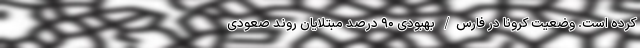
کرده است. وضعیت کرونا در فارس/ بهبودی ۹۰ درصد مبتلایان روند صعودی